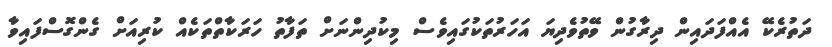
ދަތުރެކޭ އެއްފަދައިން ދިރާގުން ވޭތުވެދިޔަ އަހަރުތަކުގައިވެސް މިކުދިންނަށް ތަފާތު ހަރަކާތްތަކެއް ކުރިއަށް ގެންގޮސްފައިވާ